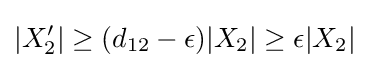
|X_{2}'|\geq (d_{12}-\epsilon )|X_{2}|\geq \epsilon |X_{2}|